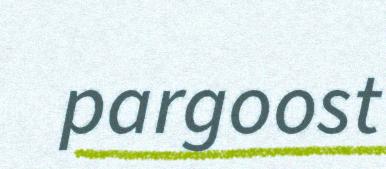
pargoost